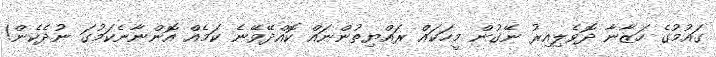
ގައުމުގެ ހަޒާނާ ދޮވެލިއިރު ނޭގުން މީހަކައް ރައްޔިތުންނައް ކޮއްދޭވޭނެ ކަމެއް އޮންނާނެކަމުގަ ނުދެކެން!